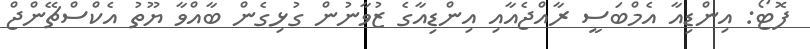
ފޮޓޯ: އިންޑިއާ އެމްބަސީ ރާއްޖެއާއި އިންޑިއާގެ ޒުވާނުން ގުޅިގެން ބާއްވާ ޔޫތު އެކްސްޗޭންޖް